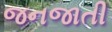
જનજાતી